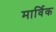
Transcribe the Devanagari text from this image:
मार्विक